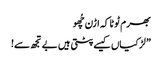
بھرم ٹوٹا کہ اڑن چُھو
” لڑکیاں کیسے پٹتی ہیں بے تجھ سے!